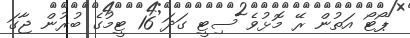
ޕޯޓޯ އަތުން ރޭ މޮޅުވެ ސިޓީ ގަދަ 16 ޓީމުގެ ބުރުން ޖާގަ